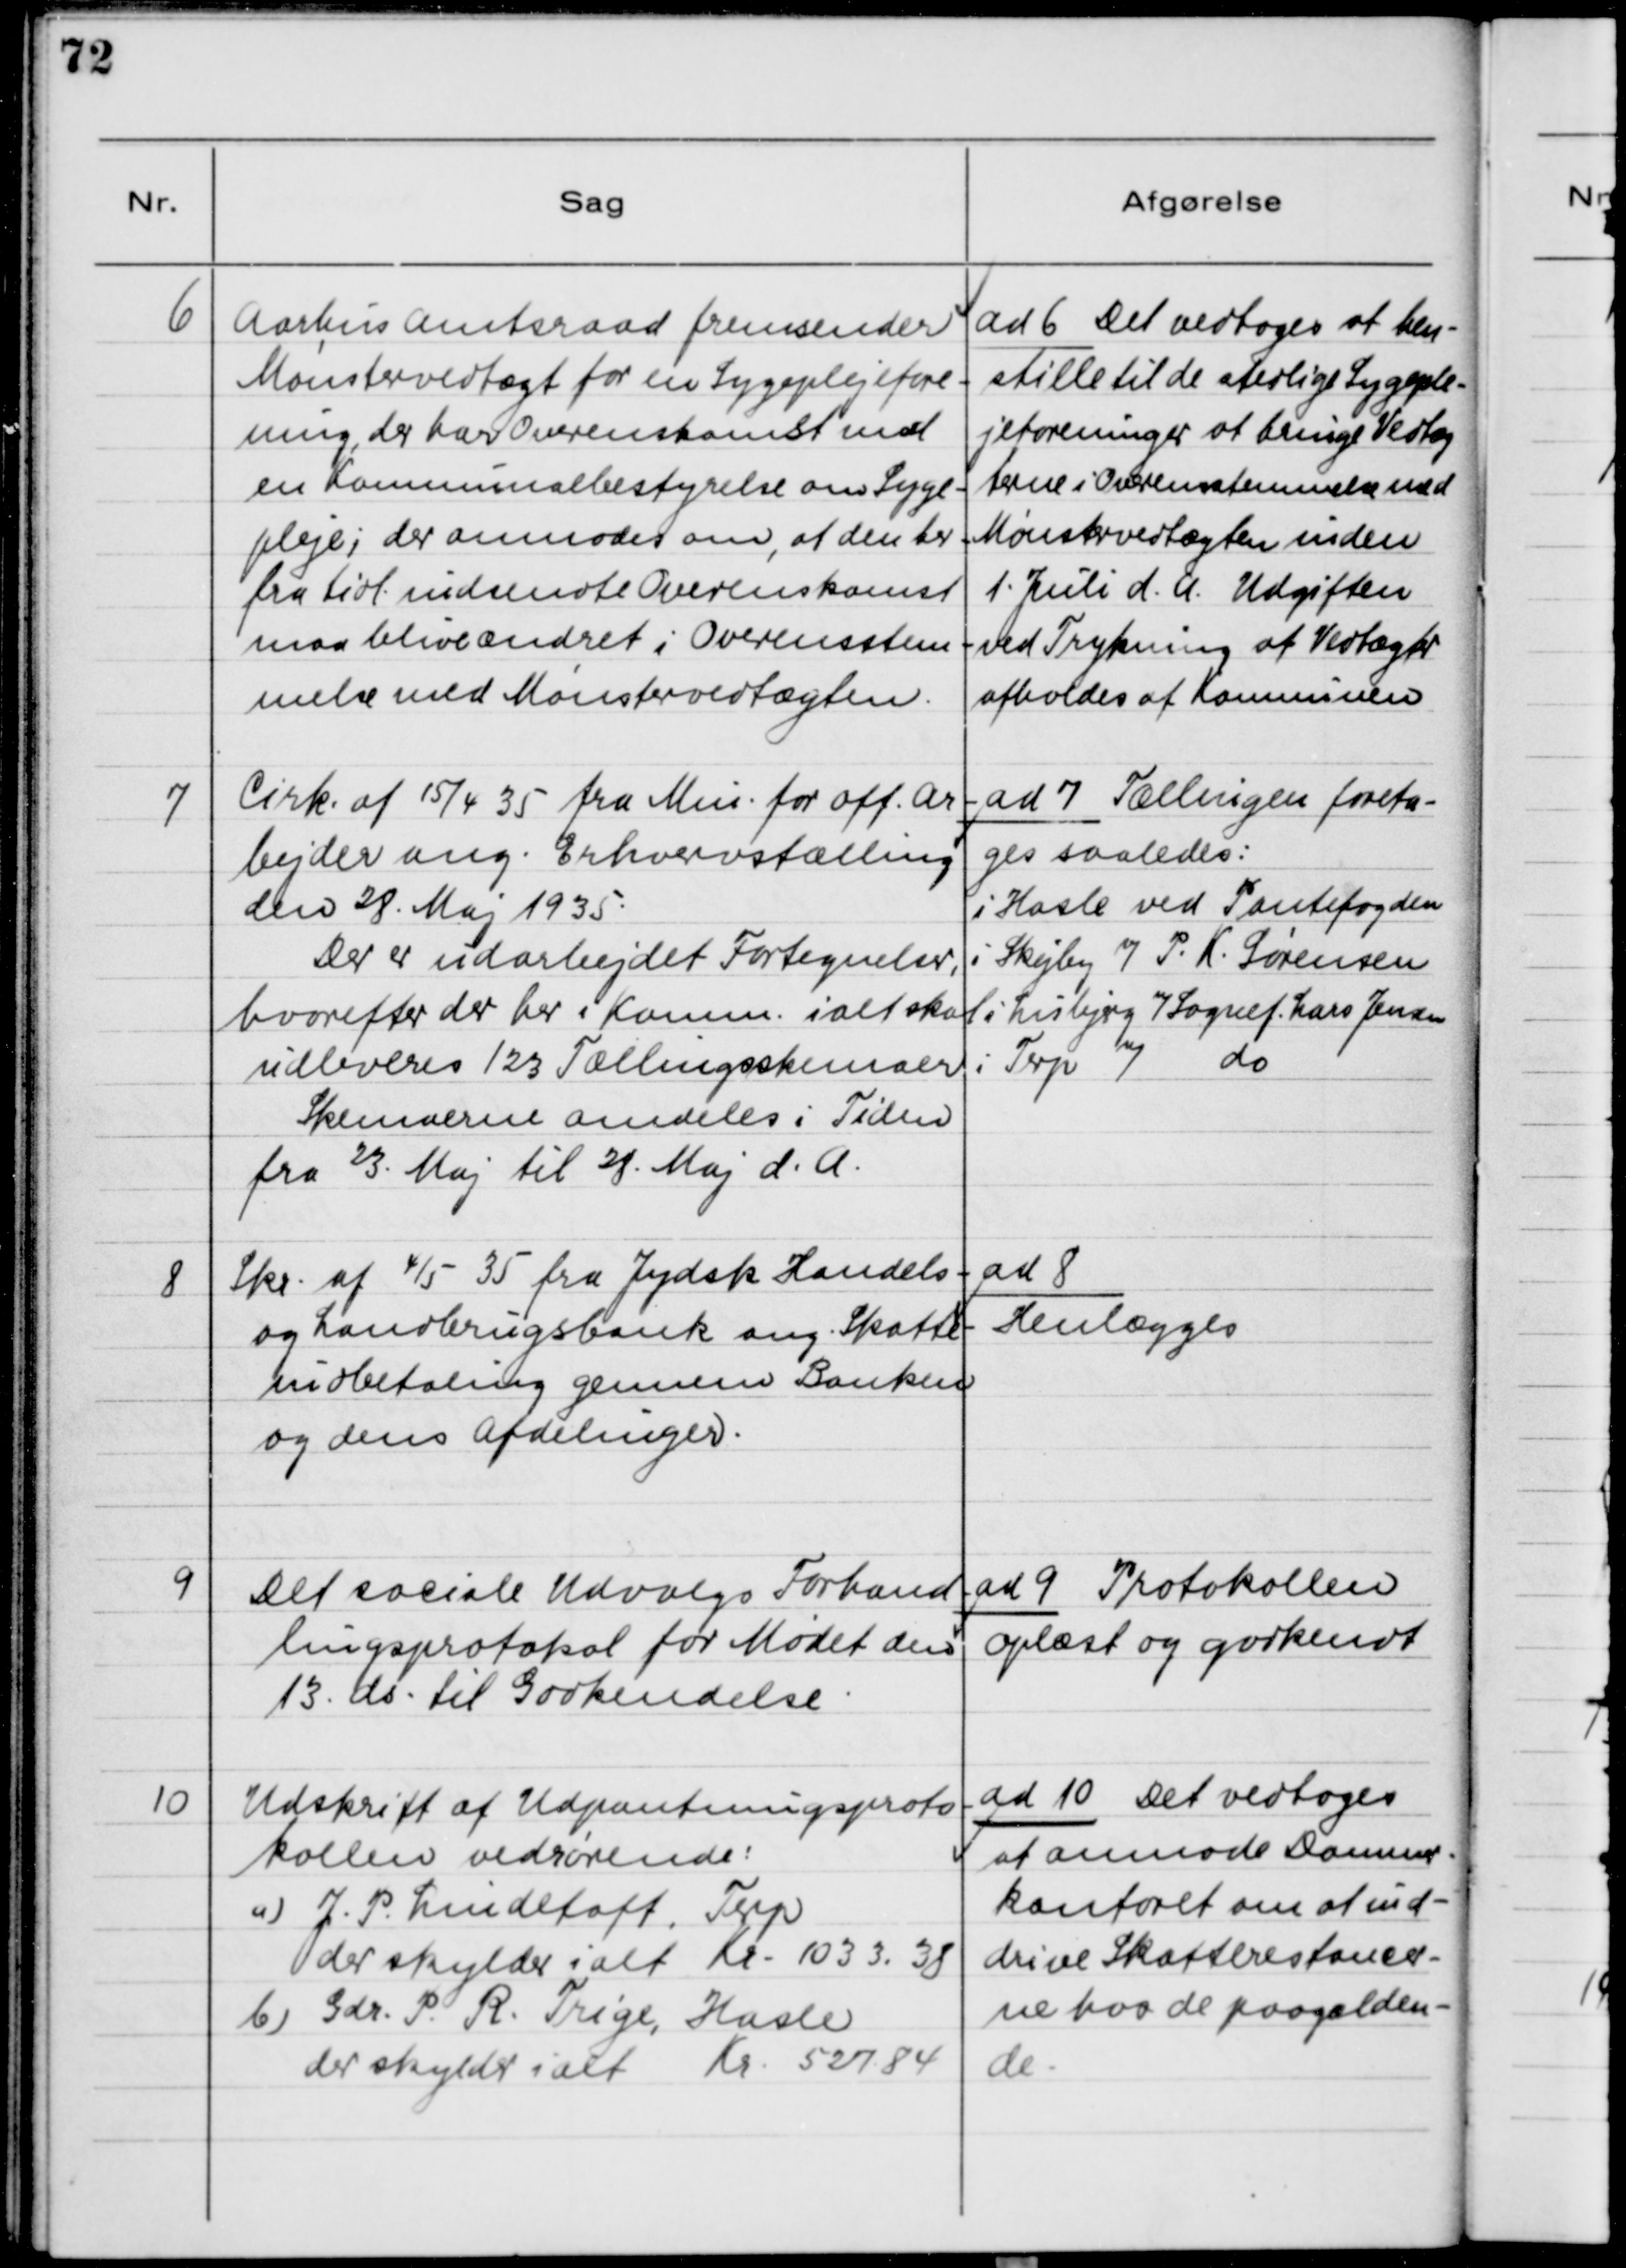
Transskription:
6

Aarhus Amtsraad fremsender 
Mønstervedtægt for en Sygeplejefore-
ning, der har Overenskomst med
en Kommunalbestyrelse om Syge-
pleje, der anmoder om, at den her
fra tidl. indsendte Overenskomst
maa blive ændret i Overensstem
melse med Mønstervedtægten.

ad 6. Det vedtoges at hen-
stille til de stedlige Sygeple-
jeforeninger at bruge Vedtæg-
terne i Overensstemmelse med
Mønstervedtægten inden
1. Juli d.A. Udgiften
ved Trykning af Vedtægter
afholdes af Kommunen.

7

Cirk. af 15/4 35 fra Min. for off. Ar
bejder ang. Erhvervstælling 
den 28. Maj 1935.
Der er udarbejdet Fortegnelser,
hverefter der her i Komm. ialt skal
udleveres 123 Tællingsskemaer.
Skemaerne omdeles i Tiden 
fra 23. Maj til 28. Maj d.A.

ad 7 Tællingen foreta-
ges saaledes:
i Hasle ved Pantefogeden
i Skejby v/P. K. Sørensen
i Lisbjerg v/Sognef. Lars Jensen
i Terp v/ do.

8

Skr. af 4/5 35 fra Jydsk Handels-
og Landbrugsbank ang. Skatte-
udbetaling gennem Banken
og dens Afdelinger.

ad 8
Henlægges

9

Det sociale Udvalgs Forhand-
lingsprotokol for Mødet den
13. ds. til Godkendelse.

ad 9 Protokollen
oplæst og godkendt

10

Udskrift af Udpantningsproto-
kollen vedrørende: 
a) J. P. Lindetoft, Terp
der skylder ialt Kr. 1033.38
b) Gdr. P. R. Trige, Hasle
der skylder 
Kr. 527.84

ad 10 Det vedtoges
at anmode Dommer-
kontoret om at ind-
drive Skatterestancer-
ne hos de paagælden-
de.